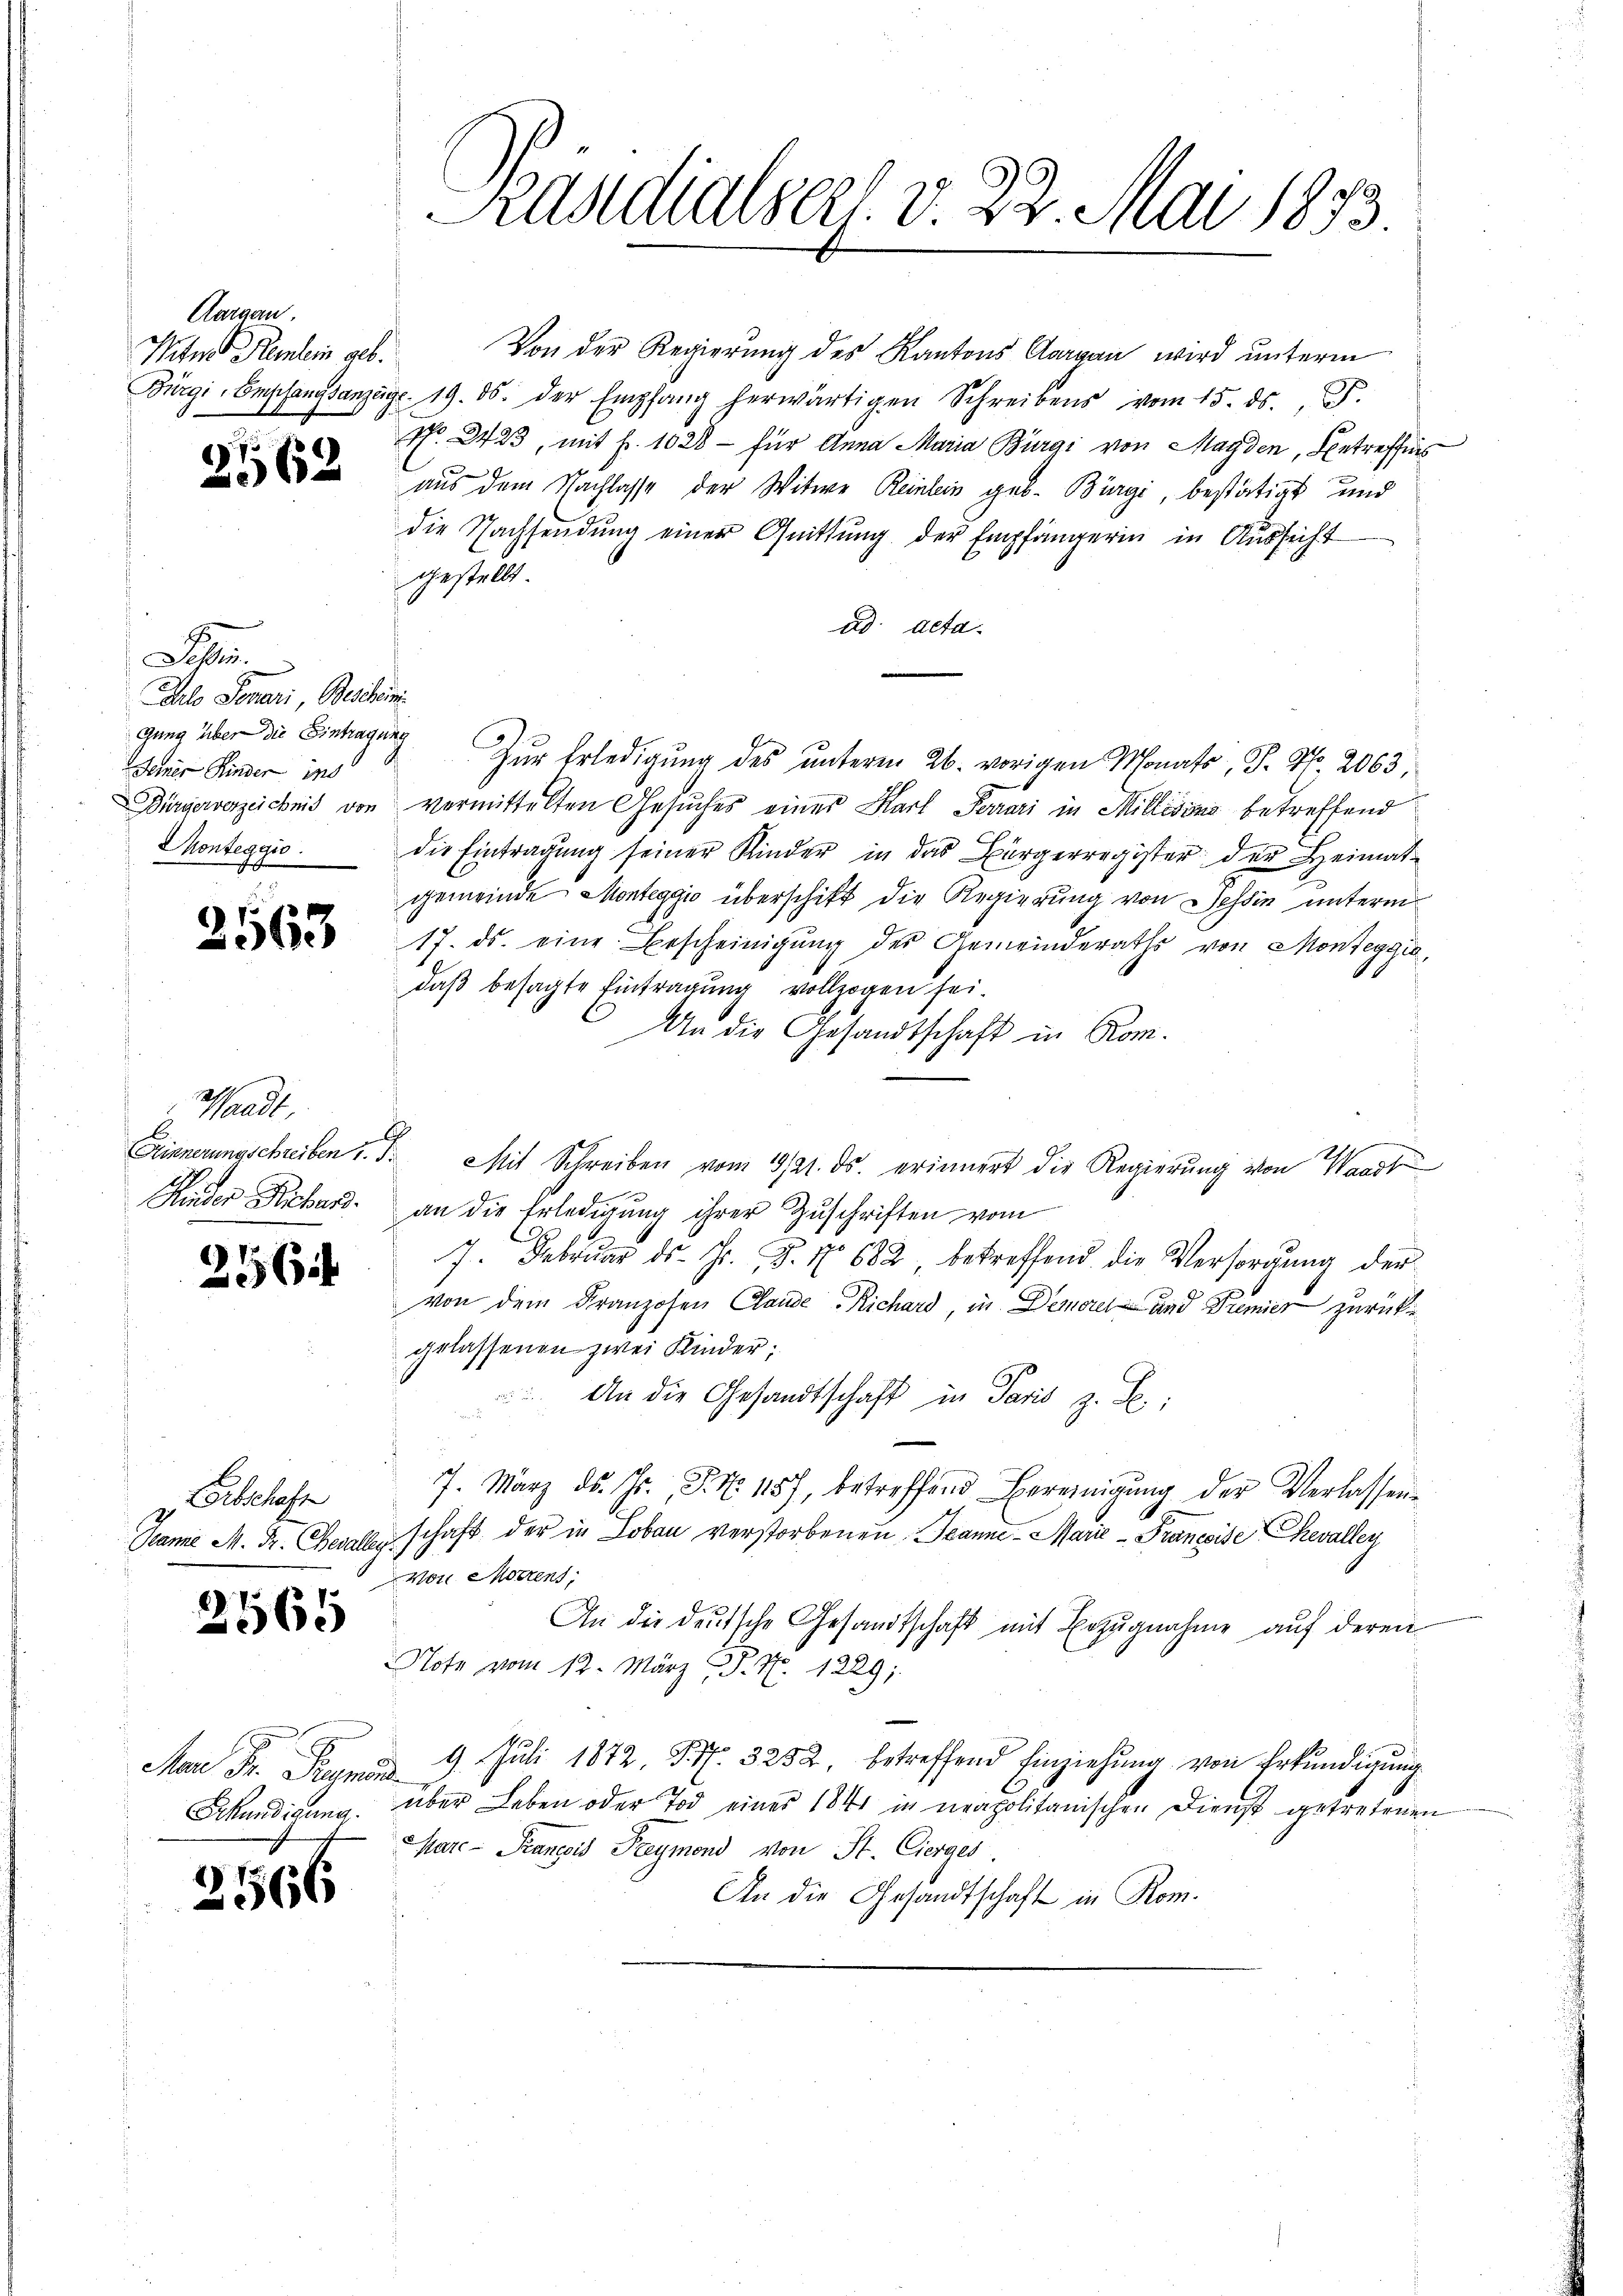
Aargau,
Witner Reinlein geb.

2562

.
allo Savari, Beschein
gung über die Eintragung
Jerner Kinder ins
Monteggio.

2563

Waadt,

256

orbschaft

2565

2566

Von der Regierung des Kantons Aargau wird unterm
Bürgi-Empfangsanzeige. 19. ds. der Empfang herwärtigen Schreibens vom 15. ds., S.
No. 2423, mit Fr. 1028 - für Anna Maria Bürgi von Magden, Betreffens
aus dem Nachlasse der Witwe Reinlein geb. Bürgi, bestätigt und
die Nachsendŭng einer Quittung der Empfängerin in Aŭssicht
gestellt.
ad acta.
Zur Erledigung des ŭnterm 26. vorigen Monats, S. Nr. 2063,
Dirgaverzeichnis von vermittelten Gesuches einer Karl Ferrari in Millisons betreffend
die Eintragŭng seiner Kinder in das Bürgerregister der Heimat-
gemeinde Monteggio überschikt die Regierung von Tessin unterm
17. ds. eine Bescheinigung des Gemeinderaths von Monteggia,
daß besagte Eintragung vollzogen sei.
An die Gesandtschaft in Rom.
Erinnerungschreiben u. d. Mit Schreiben vom 19/21. ds. erinnert die Regierung von Waadt
Hinder Kiburg. an die Erledigung ihrer Zuschriften vom
7. Febrŭar ds. Js. Z. No 682 betreffend die Versorgŭng der
von dem Franzosen Claude Richard, in Demore und Premier zurücke
gelassenen zwei Kinder;
 An die Gesandtschaft in Paris z. B.:
7. März d. Js., P. Nr. 157, betreffend Bereinigŭng der Verlassen
Dame M. Fr. Gesellschaft der in Lobau verstorbenen Jeanne - Marie - Prancise Chevalley
von Mohrens,
An die deŭtsche Gesandtschaft mit Erzŭgnahme aŭf deren
Note vom 12. März P. Nr. 1229;
Mar Dr. Premar 9. Jŭli 1872 Fr. 3252, betreffend Einziehŭng von Erkŭndigŭng
Skundigung, aber Leben oder Tod eines 1841 in neapolitanischen Dienst getretenen
Mare- Prancois Freymond von St. Cierges
An die Gesandtschaft in Rom.

Pundialserl. v. 22. Mai 1873